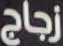
زجاج